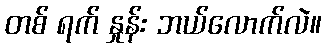
တစ် ရက် နှုန်း ဘယ်လောက်လဲ။